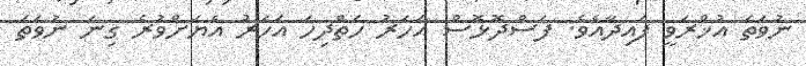
ނުވަތަ އުޚްރަވީ ފައިދާއެވެ. ފަސްދޮޅޮސް އަހަރު ހަތްދިހަ އަހަރު އެޔަށްވުރެ ގިނަ ނުވަތަ